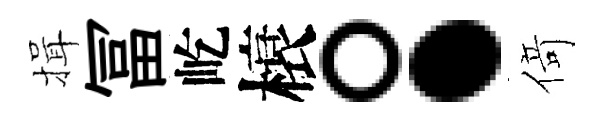
揖冨屹榱。·𠋣